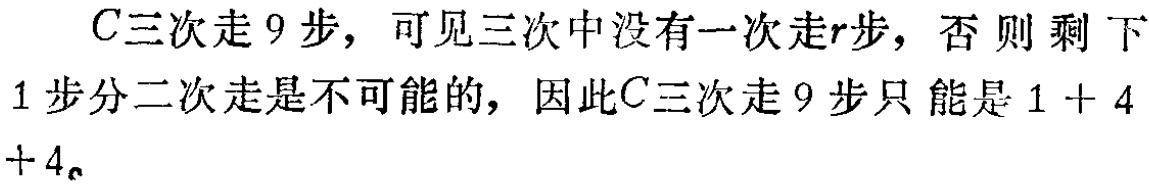
$C三次走9步，可见三次中没有一次走r步，否则剩下\\1步分二次走是不可能的，因此C三次走9步只能是1 + 4\\+ 4。$